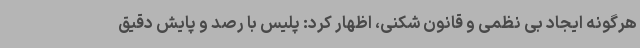
هرگونه ایجاد بی نظمی و قانون شکنی، اظهار کرد: پلیس با رصد و پایش دقیق